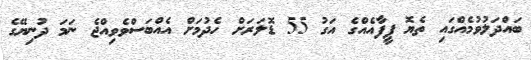
ބައްދަލުވުމެއްގައި ތެޔޮ ފީފާއެއްގެ އަގު 55 ޑޮލަރަށް ހެދުމަށް އެއްބަސްވެވިއްޖެ ނަމަ ދުނިޔޭގެ